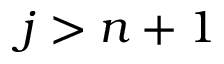
j > n + 1